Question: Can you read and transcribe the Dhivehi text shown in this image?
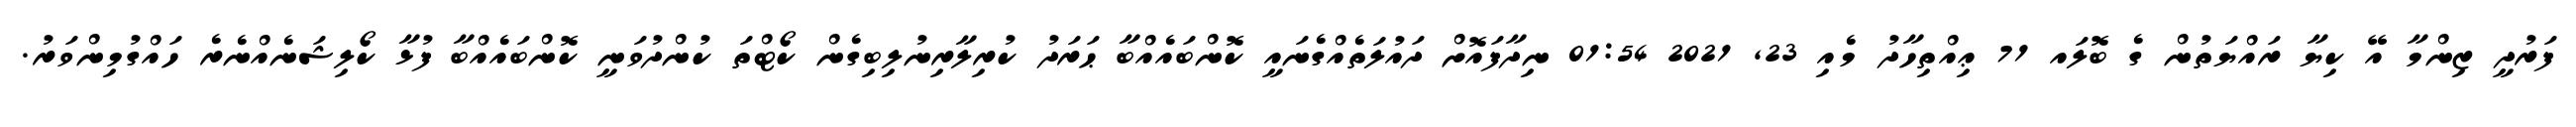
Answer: ފަރުދީ ޒިންމާ އޭ ކިޔާ ރައްޔަތުން ގެ ބޮލައ 71 ޢިއްތިހާދު މެއި 23, 2021 01:54 ނިދާފައޮށް ދައުލަތެއްގެނައީ ކޮންބައެއްބާ ޙަރަދު ކުރިލާރިނުލިބިގެން ކޯޓްތަ ކުންދުވަނީ ކޮންބައެއްބާ ފުޅާ ކޯލިޝަނެއްނެރެ ހައްގުމިންވަރު.